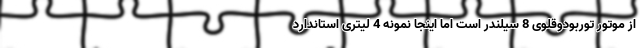
از موتور توربودوقلوی 8 سیلندر است اما اینجا نمونه 4 لیتری استاندارد